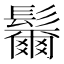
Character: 𩯨